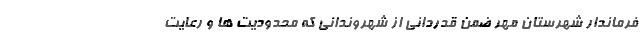
فرماندار شهرستان مهر ضمن قدردانی از شهروندانی که محدودیت ها و رعایت